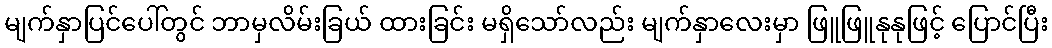
မျက်နှာပြင်ပေါ်တွင် ဘာမှလိမ်းခြယ် ထားခြင်း မရှိသော်လည်း မျက်နှာလေးမှာ ဖြူဖြူနုနုဖြင့် ပြောင်ပြီး